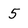
Character: 5